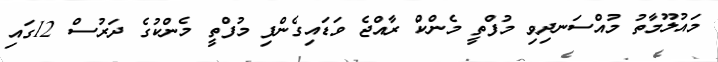
މައުލޫމާތު މުއްސަނދިވި މުފްތީ މެންކް ރާއްޖެ ވަޑައިގެންފި މުފްތީ މެންކުގެ ދަރުސް 12ގައި